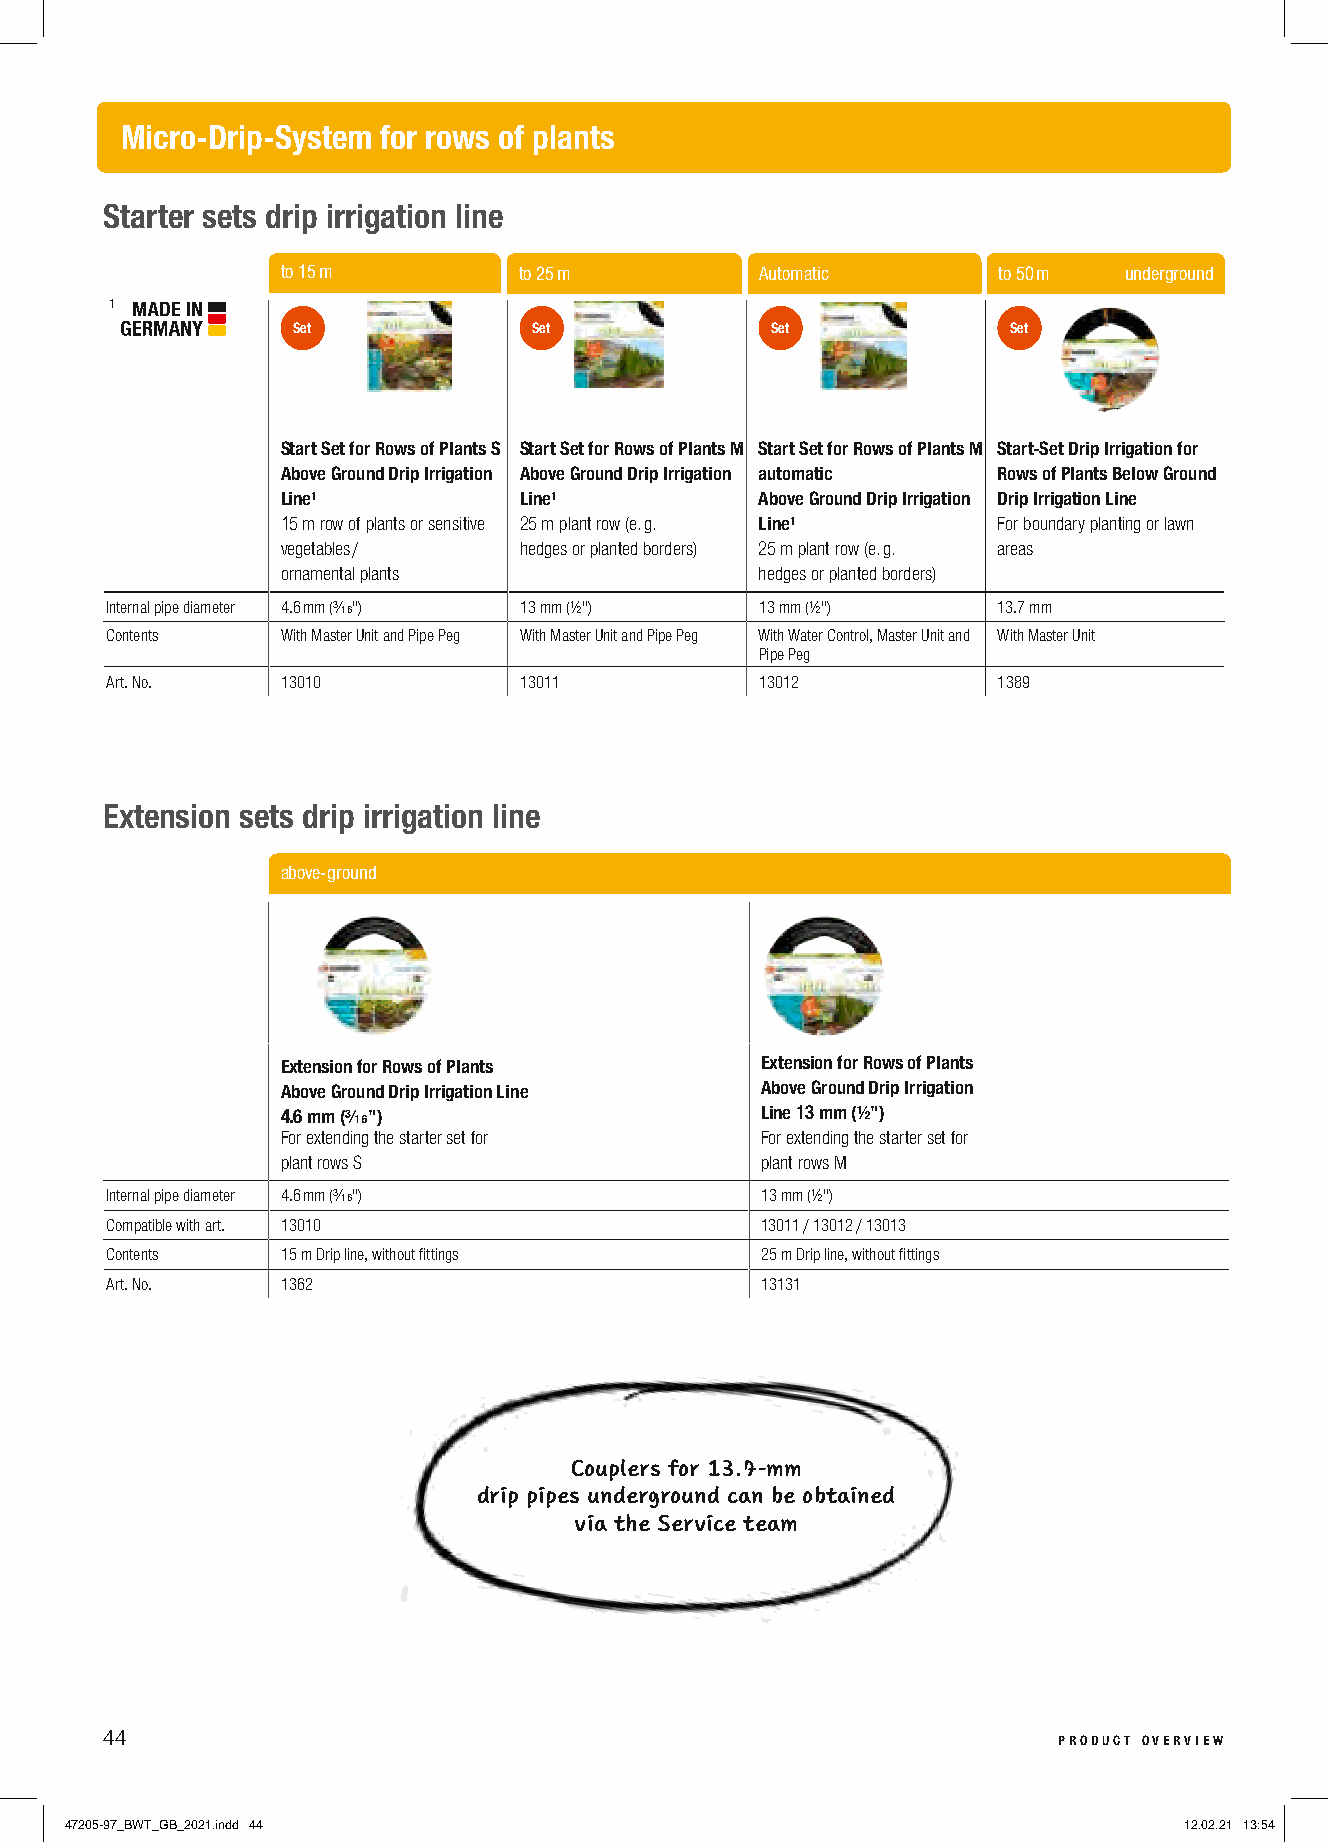
Micro-Drip-System for rows of plants
 Starter sets drip irrigation line
 to 15 m        to 25 m         Automatic       to 50 m underground
 1
 Set             Set             Set             Set
 Start Set for Rows of Plants S Start Set for Rows of Plants M Start Set for Rows of Plants M Start-Set Drip Irrigation for
 Above Ground Drip Irrigation Above Ground Drip Irrigation automatic Rows of Plants Below Ground
 Line¹          Line¹           Above Ground Drip Irrigation Drip Irrigation Line
 15 m row of plants or sensitive 25 m plant row (e. g. Line¹ For boundary planting or lawn
 vegetables /   hedges or planted borders) 25 m plant row (e. g. areas
 ornamental plants              hedges or planted borders)
 Internal pipe diameter 4.6 mm (³∕₁₆") 13 mm (½") 13 mm (½") 13.7 mm
 Contents    With Master Unit and Pipe Peg With Master Unit and Pipe Peg With Water Control, Master Unit and With Master Unit
 Pipe Peg
 Art. No.    13010          13011           13012           1389
 Extension sets drip irrigation line
 above-ground
 Extension for Rows of Plants   Extension for Rows of Plants
 Above Ground Drip Irrigation Line Above Ground Drip Irrigation
 4.6 mm (³∕₁₆")                 Line 13 mm (½")
 For extending the starter set for For extending the starter set for
 plant rows S                   plant rows M
 Internal pipe diameter 4.6 mm (³∕₁₆")      13 mm (½")
 Compatible with art. 13010                 13011 / 13012 / 13013
 Contents    15 m Drip line, without fittings 25 m Drip line, without fittings
 Art. No.    1362                           13131
 Couplers for 13.7-mm
 drip pipes underground can be obtained
 via the Service team
 44                                                             product overview
 47205-97_BWT_GB_2021.indd 44                                              12.02.21 13:54